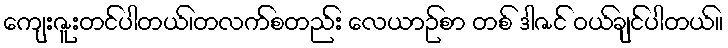
ကျေးဇူးတင်ပါတယ်၊တလက်စတည်း လေယာဉ်စာ တစ် ဒါဇင် ဝယ်ချင်ပါတယ်။